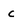
Character: c